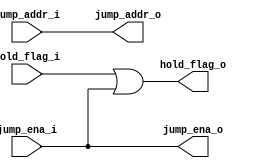
module ctrl (
    // from ex
    input wire[31:0]    jump_addr_i,
    input wire          jump_ena_i,
    input wire          hold_flag_i,
    // to if_id, id_ex
    output wire[31:0]    jump_addr_o,
    output wire          jump_ena_o,
    output wire          hold_flag_o
);
    assign jump_addr_o = jump_addr_i;
    assign jump_ena_o = jump_ena_i;
    assign hold_flag_o = hold_flag_i | jump_ena_i;

endmodule //ctrl